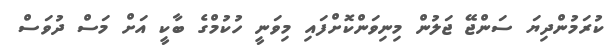
ކުރަމުންދިޔަ ސަންޖޭ ޖަލުން މިނިވަންކޮށްފައި މިވަނީ ހުކުމްގެ ބާކީ އަށް މަސް ދުވަސް